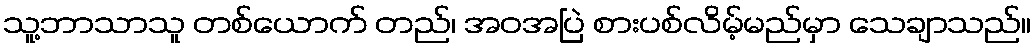
သူ့ဘာသာသူ တစ်ယောက် တည်၊ အဝအပြဲ စားပစ်လိမ့်မည်မှာ သေချာသည်။